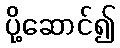
ပို့ဆောင်၍